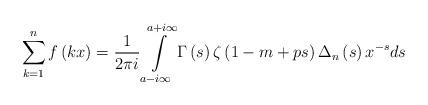
LaTeX: \begin{align*}\sum\limits_{k = 1}^n {f\left( {kx} \right)} = \frac{1}{{2\pi i}}\int\limits_{a - i\infty }^{a + i\infty } {\Gamma \left( s \right)\zeta \left( {1 - m + ps} \right){\Delta _n}\left( s \right){x^{ - s}}} ds \end{align*}